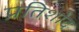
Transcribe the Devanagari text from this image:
प्रतिशोद